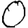
Digit: 0